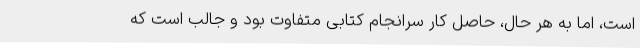
است، اما به هر حال، حاصل کار سرانجام کتابی متفاوت بود و جالب است که